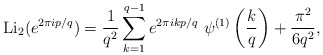
\begin{align*}{\rm Li}_2 ( e^{2 \pi i p / q} ) = \frac{1}{q^2} \sum_{k=1}^{q-1} e^{2 \pi i k p / q}~ \psi^{(1)} \left( \frac{k}{q} \right) + \frac{\pi^2}{6 q^2},\end{align*}